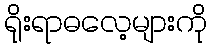
ရိုးရာဓလေ့များကို